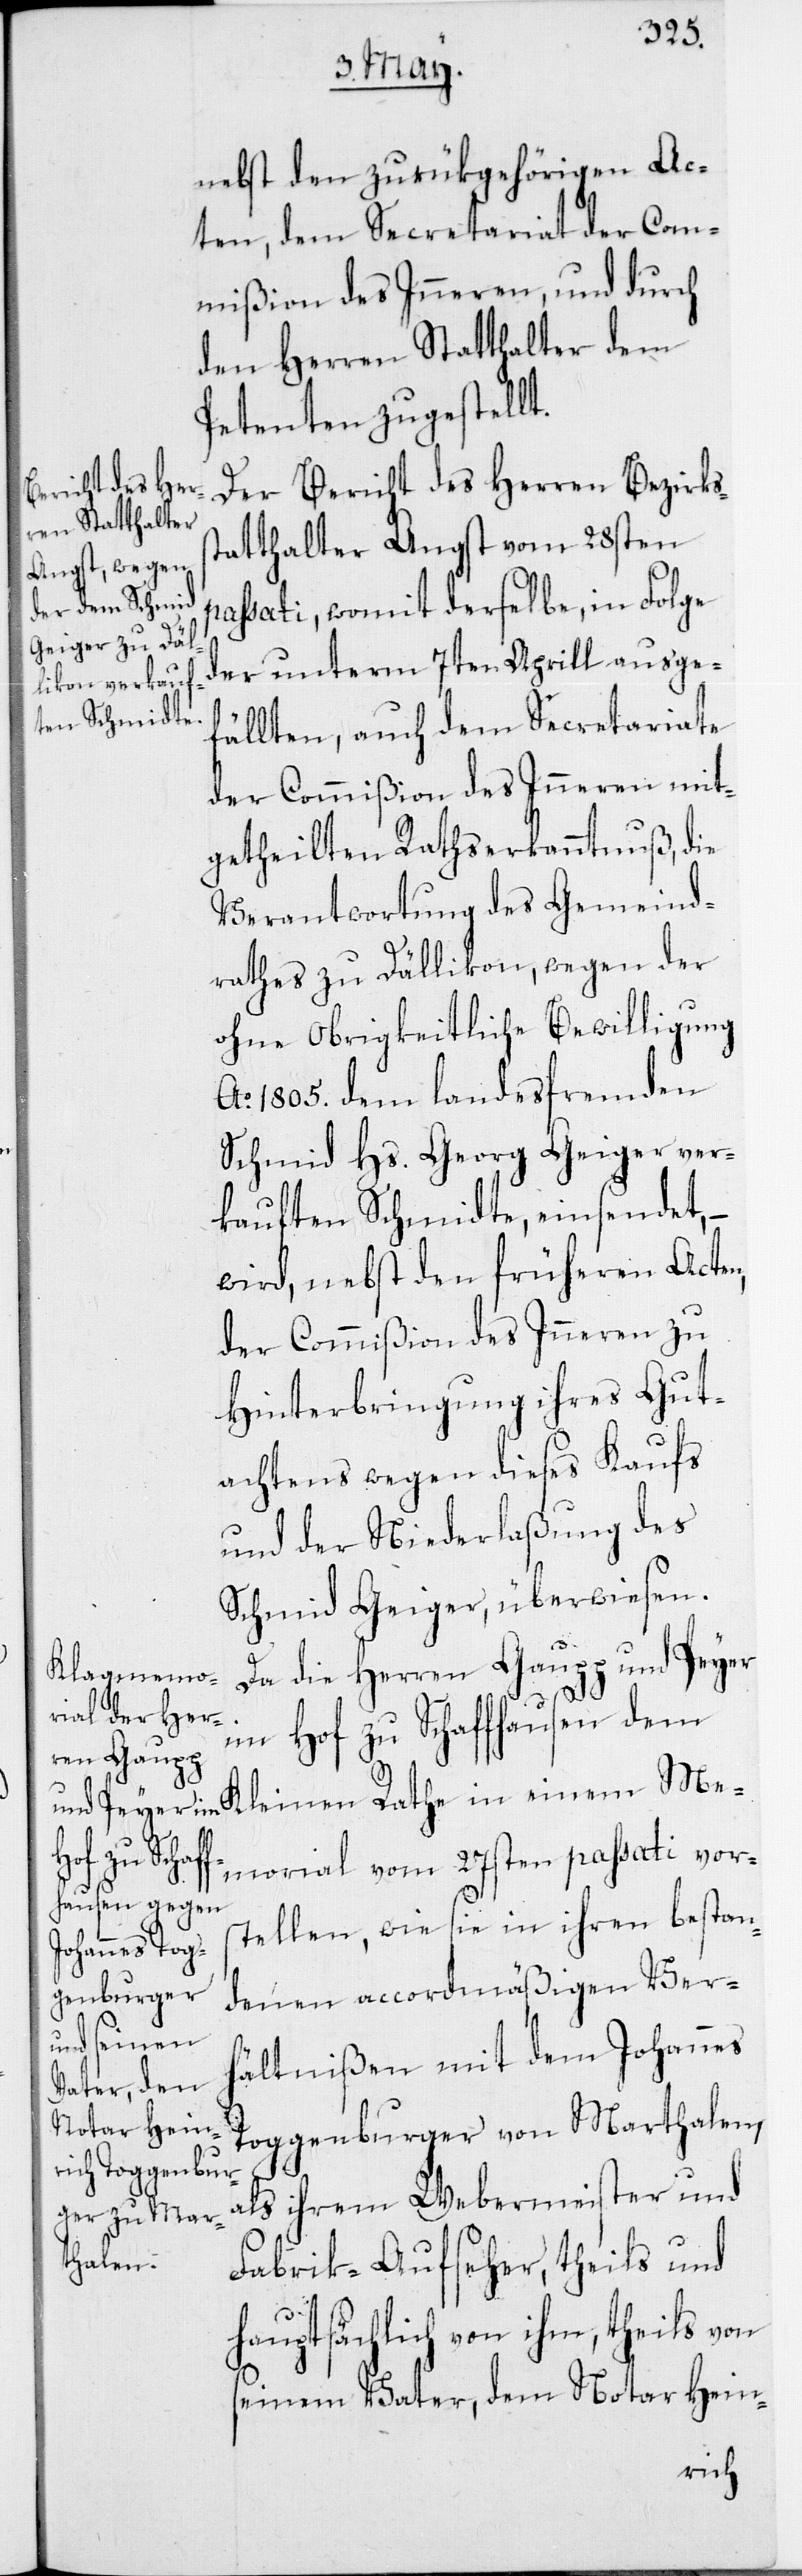
nebst den zurükgehörigen Ac¬
ten, dem Secretariat der Com¬
mißion des Inneren, und durch
den Herren Statthalter dem
Petenten zugestellt.
Der Bericht des Herren Bezirks¬
statthalter Angst vom 28sten
assati, womit derselbe, in Folge
der unterm 7ten Aprill ausge¬
fällten, auch dem Secretariate
der Commißion des Inneren mit¬
getheilten Rathserkanntnuß, die
Verantwortung des Gemeind¬
rathes zu Dällikon, wegen der
ohne obrigkeitliche Bewilligung
Ao 1805. dem landesfremden
Schmid Hs. Georg Geiger ver¬
kauften Schmidte, einsendet, –
wird, nebst den früheren Acten,
der Commißion des Inneren zu
Hinterbringung ihres Gut¬
achtens wegen dieses Kaufs
und der Niederlaßung des
Schmid Geiger, überwiesen.
Da die Herren Gaupp und Peyer
im Hof zu Schaffhausen dem
einem Me¬
morial vom 27sten passati vors¬
tellen, wie sie in ihren bestan¬
denen accordmäßigen Ver¬
hältnißen mit dem Johannes
Toggenburger von Marthalen,
p¬
als ihrem Webermeister und
Fabrik-Aufseher, theils und
hauptsächlich von ihm, theils von
seinem Vater, dem Notar Hein-